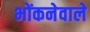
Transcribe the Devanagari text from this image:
भोंकनेवाले